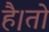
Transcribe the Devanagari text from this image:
है।तो